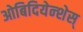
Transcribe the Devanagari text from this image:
ओबिदियेन्शेस्